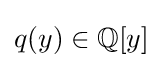
q(y)\in \mathbb {Q} [y]